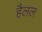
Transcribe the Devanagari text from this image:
हैलल